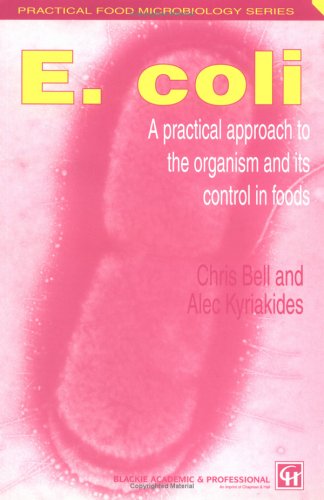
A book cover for E. Coli: A Practical Approach to the Organism and its Control in Foods (Practical Food Microbiology); Chris Bell; Medical Books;